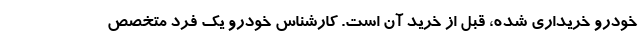
خودرو خریداری شده، قبل از خرید آن است. کارشناس خودرو یک فرد متخصص